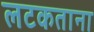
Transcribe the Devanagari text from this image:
लटकताना